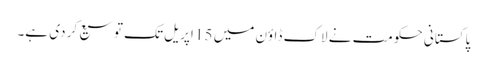
پاکستانی حکومت نے لاک ڈاؤن میں 15 اپریل تک توسیع کر دی ہے۔